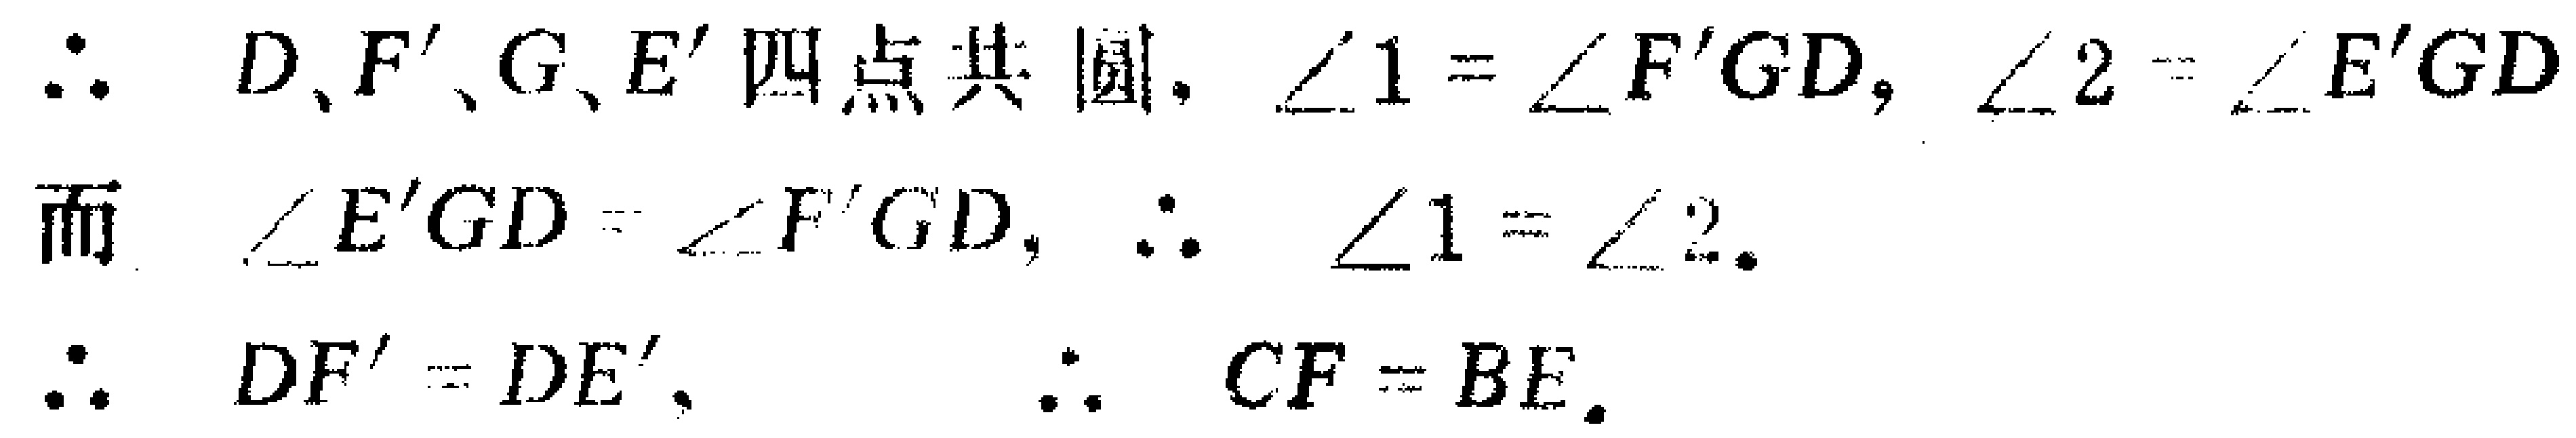
\(\therefore D,F',G,E'\text{ 四点共圆}, \angle 1 = \angle F'GD, \angle 2 = \angle E'GD\)
\(\text{而 } \angle E'GD = \angle F'GD, \therefore \angle 1 = \angle 2.\)
\(\therefore DF' = DE', \therefore CF = BE.\)